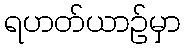
ရဟတ်ယာဉ်မှာ